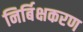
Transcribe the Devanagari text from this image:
निर्बिक्षकरण